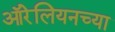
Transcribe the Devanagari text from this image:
ऑरेलियनच्या